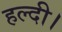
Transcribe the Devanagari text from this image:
हल्दी।